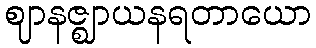
ဈာနဇ္ဈာယနရတာယော